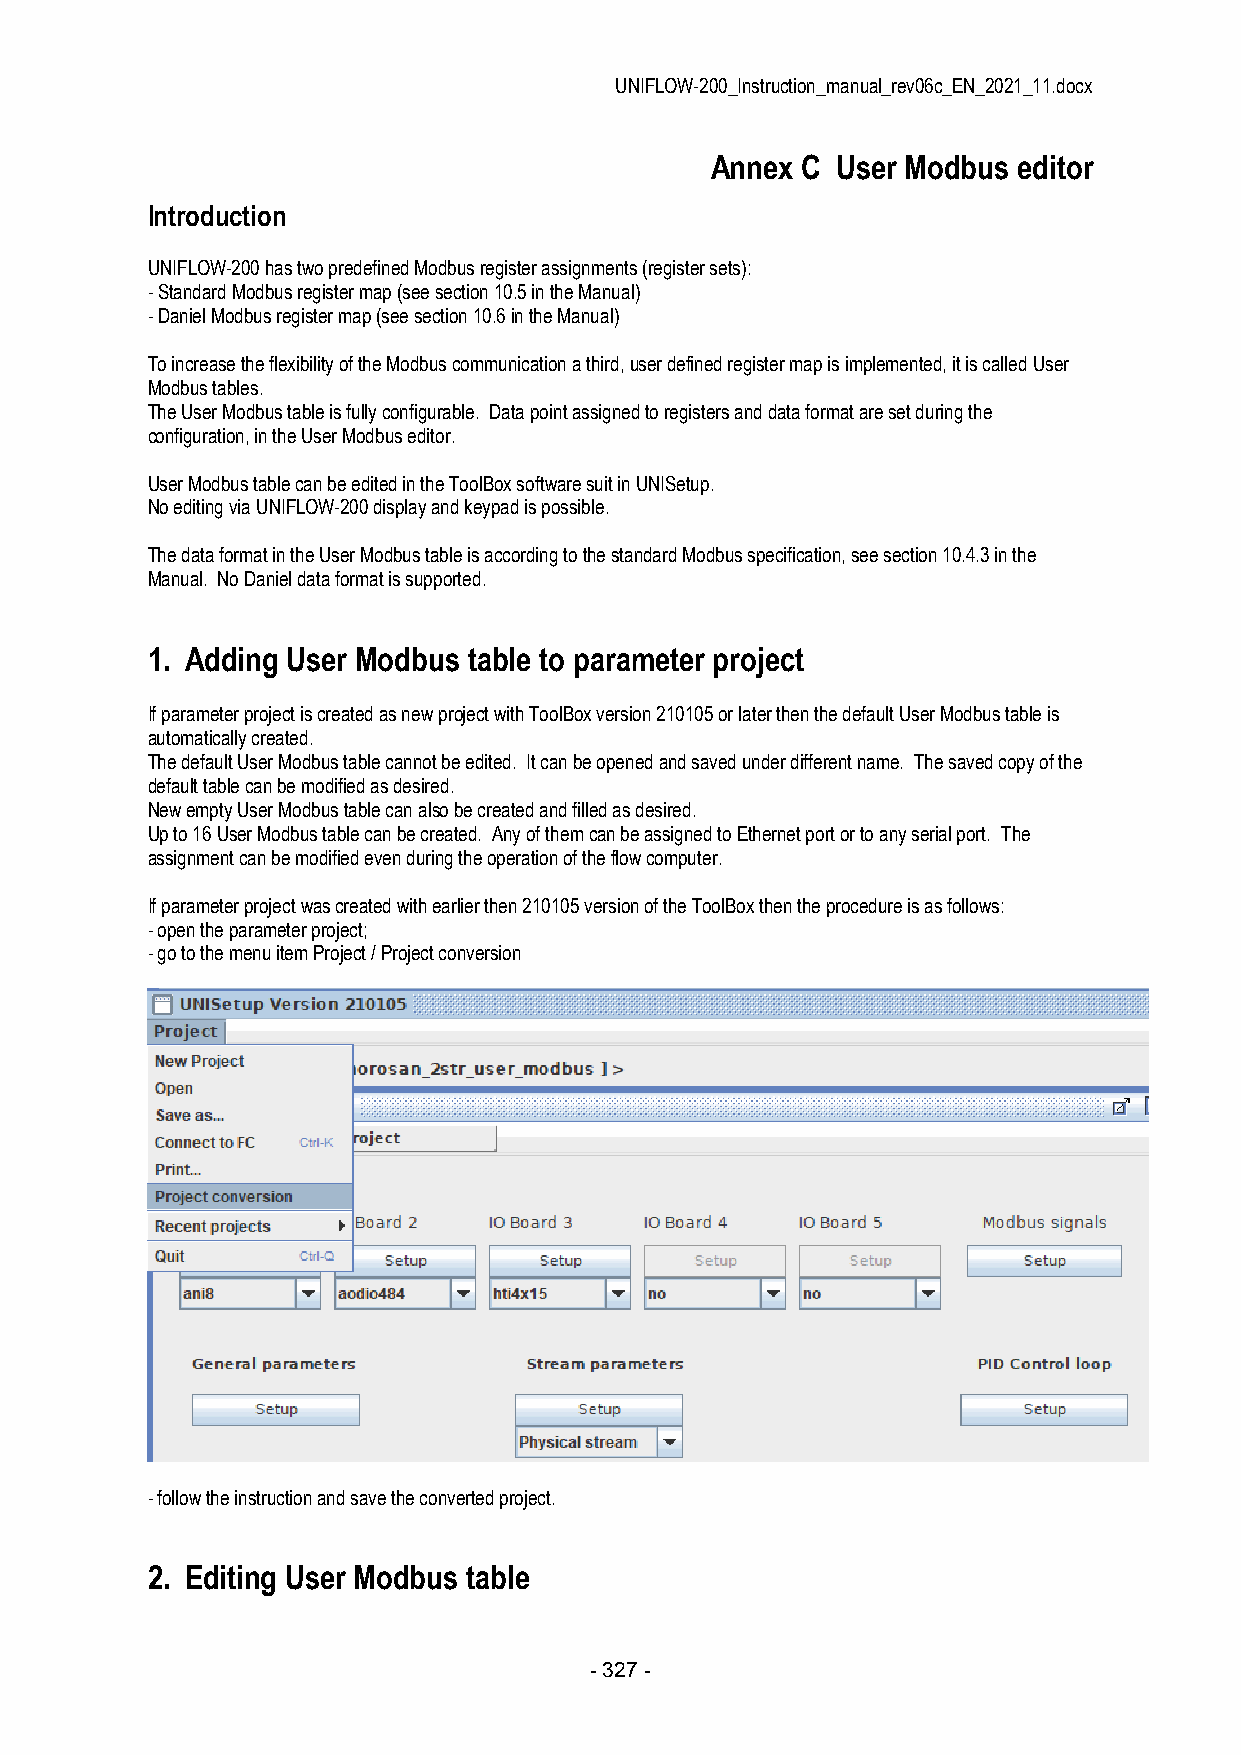
UNIFLOW-200_Instruction_manual_rev06c_EN_2021_11.docx
 Annex C User Modbus editor
 Introduction
 UNIFLOW-200 has two predefined Modbus register assignments (register sets):
 - Standard Modbus register map (see section 10.5 in the Manual)
 - Daniel Modbus register map (see section 10.6 in the Manual)
 To increase the flexibility of the Modbus communication a third, user defined register map is implemented, it is called User
 Modbus tables.
 The User Modbus table is fully configurable. Data point assigned to registers and data format are set during the
 configuration, in the User Modbus editor.
 User Modbus table can be edited in the ToolBox software suit in UNISetup.
 No editing via UNIFLOW-200 display and keypad is possible.
 The data format in the User Modbus table is according to the standard Modbus specification, see section 10.4.3 in the
 Manual. No Daniel data format is supported.
 1. Adding User Modbus table to parameter project
 If parameter project is created as new project with ToolBox version 210105 or later then the default User Modbus table is
 automatically created.
 The default User Modbus table cannot be edited. It can be opened and saved under different name. The saved copy of the
 default table can be modified as desired.
 New empty User Modbus table can also be created and filled as desired.
 Up to 16 User Modbus table can be created. Any of them can be assigned to Ethernet port or to any serial port. The
 assignment can be modified even during the operation of the flow computer.
 If parameter project was created with earlier then 210105 version of the ToolBox then the procedure is as follows:
 - open the parameter project;
 - go to the menu item Project / Project conversion
 - follow the instruction and save the converted project.
 2. Editing User Modbus table
 - 327 -